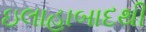
ઇલાહાબાદથી